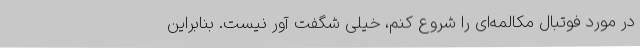
در مورد فوتبال مکالمه‌ای را شروع کنم، خیلی شگفت آور نیست. بنابراین